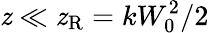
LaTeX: \mathit{z}\ll\mathit{z}_{\mathrm{{R}}}=kW_{0}^{2}/2